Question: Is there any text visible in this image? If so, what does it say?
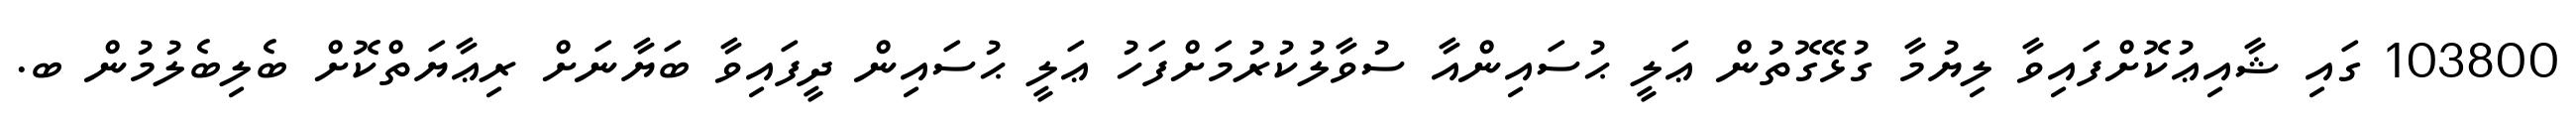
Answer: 103800 ގައި ޝާއިޢުކޮށްފައިވާ ލިޔުމާ ގުޅޭގޮތުން ޢަލީ ޙުސައިންއާ ސުވާލުކުރުމަށްފަހު ޢަލީ ޙުސައިން ދީފައިވާ ބަޔާނަށް ރިޢާޔަތްކޮށް ބެލިބެލުމުން ބ.